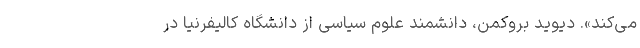
می‌کند». دیوید بروکمن، دانشمند علوم سیاسی از دانشگاه کالیفرنیا در